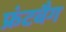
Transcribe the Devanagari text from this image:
फ्रंटबैग